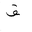
Letter: _qaf